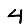
Digit: 4